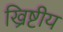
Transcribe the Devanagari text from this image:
ख्रिष्टीय